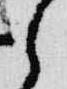
之